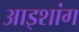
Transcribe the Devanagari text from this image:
आइशांग